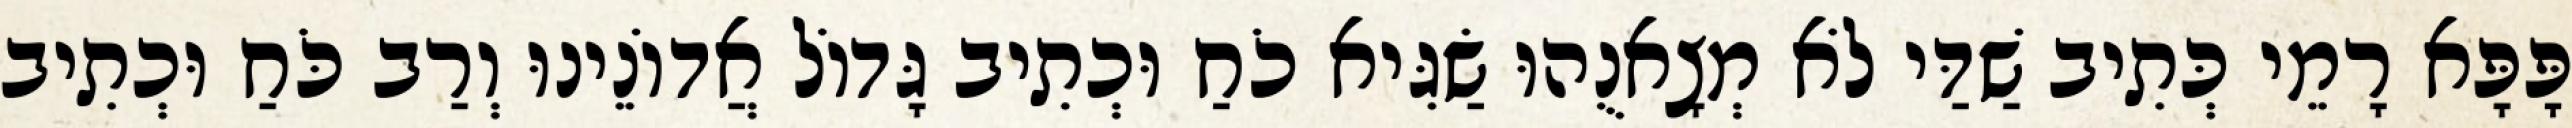
פָּפָּא רָמֵי כְּתִיב שַׁדַּי לֹא מְצָאנֻהוּ שַׂגִּיא כֹחַ וּכְתִיב גָּדוֹל אֲדוֹנֵינוּ וְרַב כֹּחַ וּכְתִיב